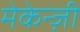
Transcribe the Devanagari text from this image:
मेकेन्ज़ी